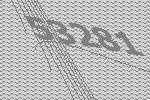
53281